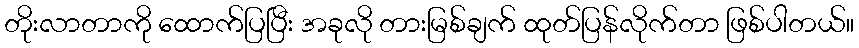
တိုးလာတာကို ထောက်ပြပြီး အခုလို တားမြစ်ချက် ထုတ်ပြန်လိုက်တာ ဖြစ်ပါတယ်။